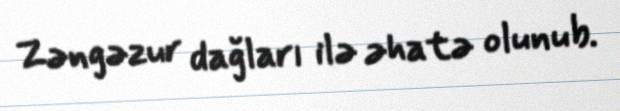
Zəngəzur dağları ilə əhatə olunub.